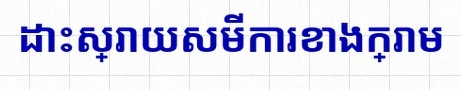
ដោះស្រាយសមីការខាងក្រោម